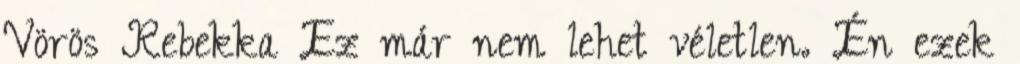
Vörös Rebekka Ez már nem lehet véletlen. Én ezek